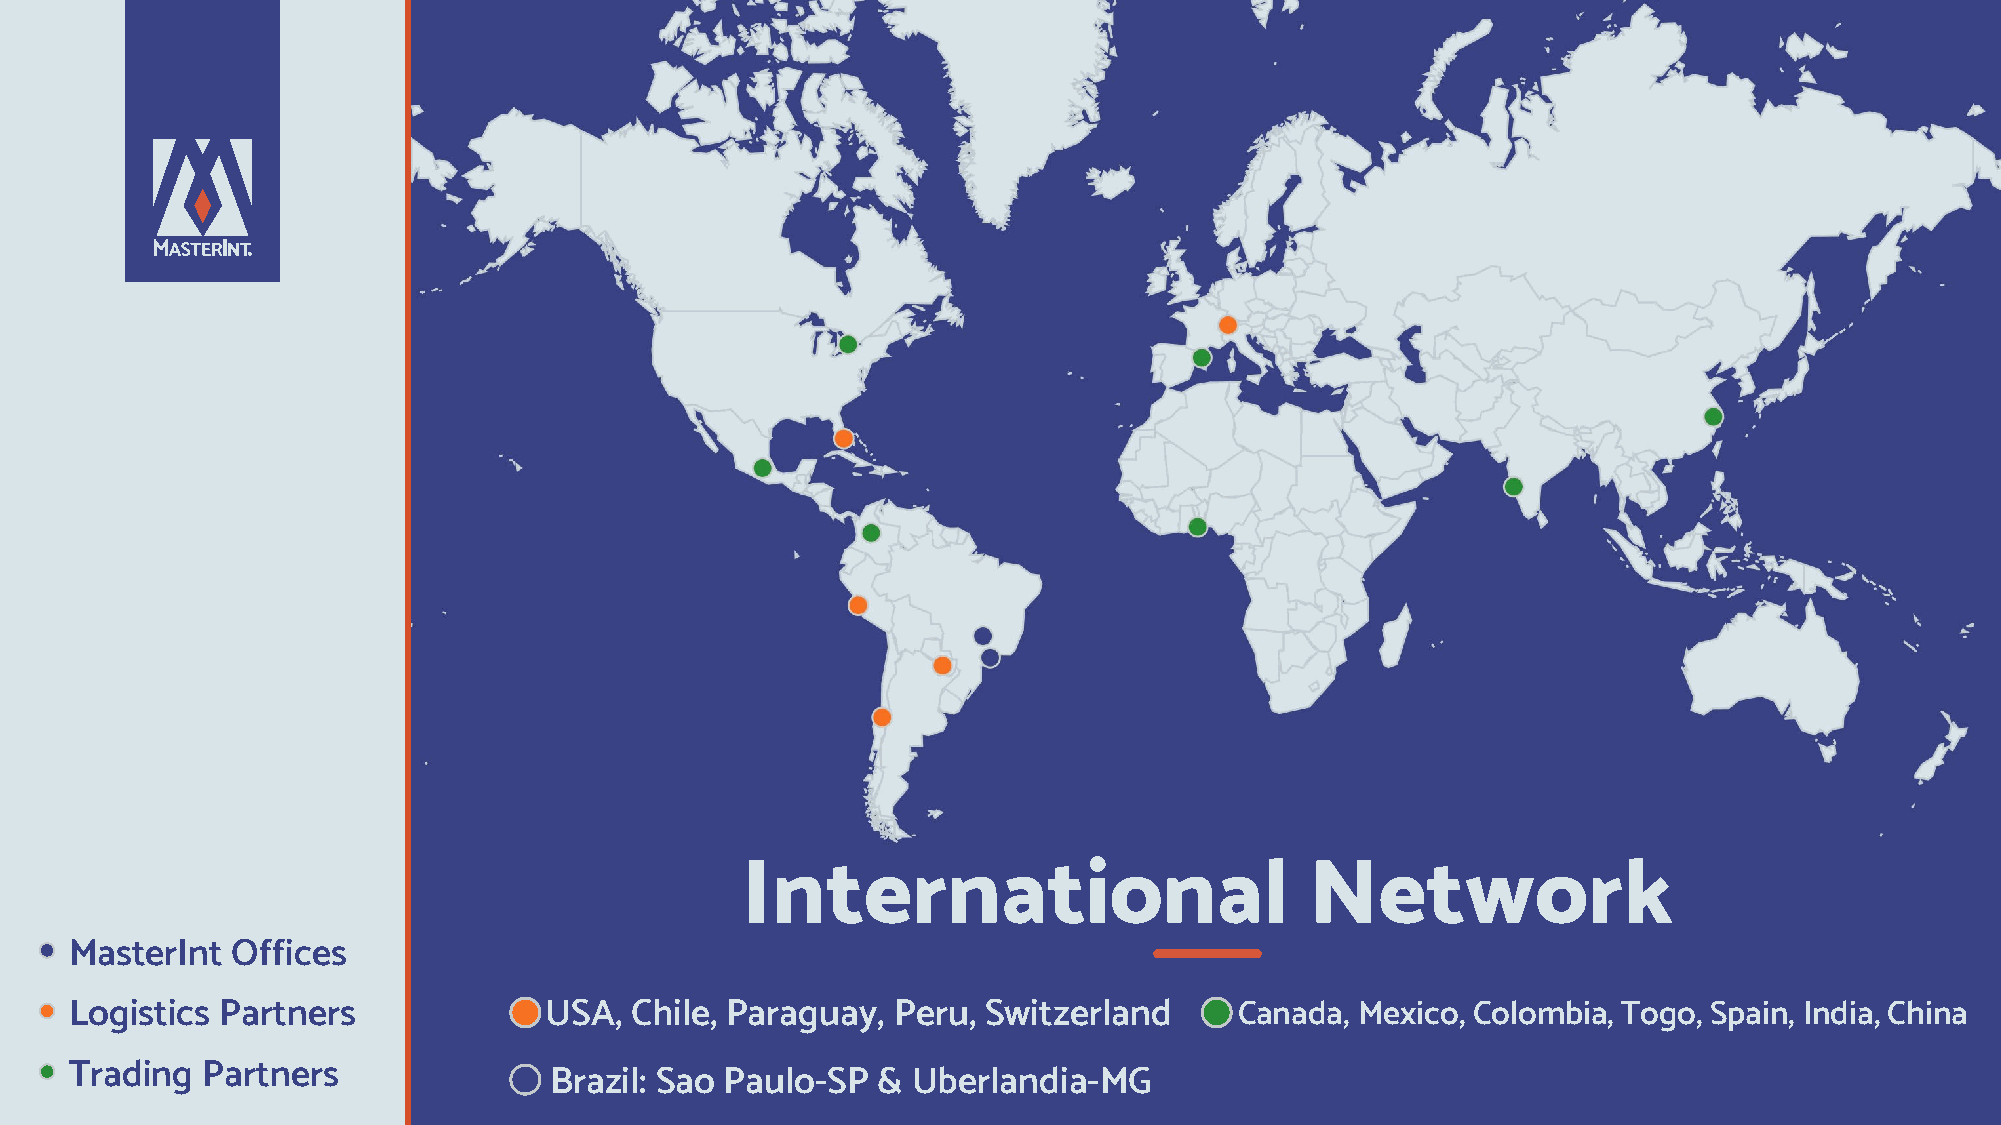
International                         Network
 MasterInt Offices
 Logistics Partners             USA,  Chile, Paraguay, Peru, Switzerland      Canada, Mexico, Colombia, Togo, Spain, India, China
 Trading Partners
 Brazil: Sao Paulo-SP  & Uberlandia-MG